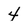
Character: 4